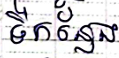
ទៅកន្លែង